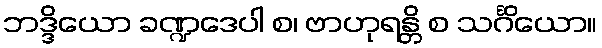
ဘဒ္ဒိယော ခဏ္ဍဒေပါ စ၊ ဗာဟုရန္တိ စ သင်္ဂိယော။